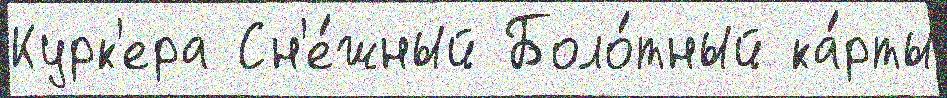
Курк'ера Сн'е́жный Боло́тный ка́рты